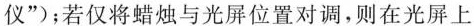
仪”)；若仅将蜡烛与光屏位置对调，则在光屏上